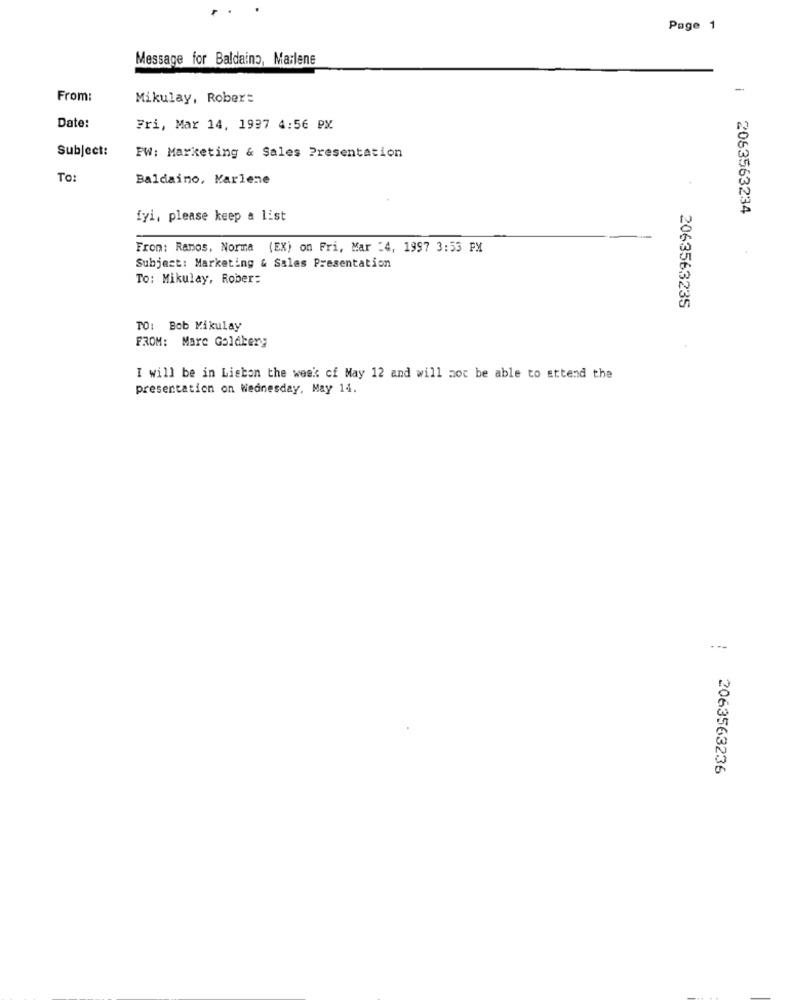
Page 1
Message for Baldaino, Marlene
-
From:
Mikulay, Robert
Date:
Fri, Mar 14, 1937 4:56 PX
Subject:
PW: Marketing & Sales Presentation
To:
Baldaino, Marlene
2063563234
fyi, please keep a list
From: Ramos, Norma (EX) on Fri, Mar -4, 1997 3:53 PM
Subject: Marketing & Sales Presentation
To: Mikulay, Rober:
2063563235
TO: Bob Mikulay
FROM: Marc Goldberg
I will be in Lisbon the week of May 12 and will soc be able to attend the
presentation on Wednesday, May 14.
2063563236